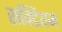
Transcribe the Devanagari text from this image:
सक्टियम